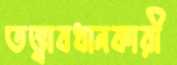
তত্ত্বাবধানকারী